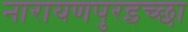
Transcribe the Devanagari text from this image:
नारायणपुरइच्छा